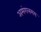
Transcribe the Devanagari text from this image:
अमंगलमय